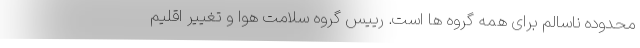
محدوده ناسالم برای همه گروه ها است. رییس گروه سلامت هوا و تغییر اقلیم